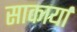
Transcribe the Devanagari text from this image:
साकार्या